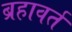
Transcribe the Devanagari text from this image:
ब्रहावर्त